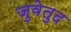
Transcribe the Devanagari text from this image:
जुवेतुद